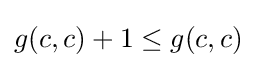
g(c,c)+1\leq g(c,c)